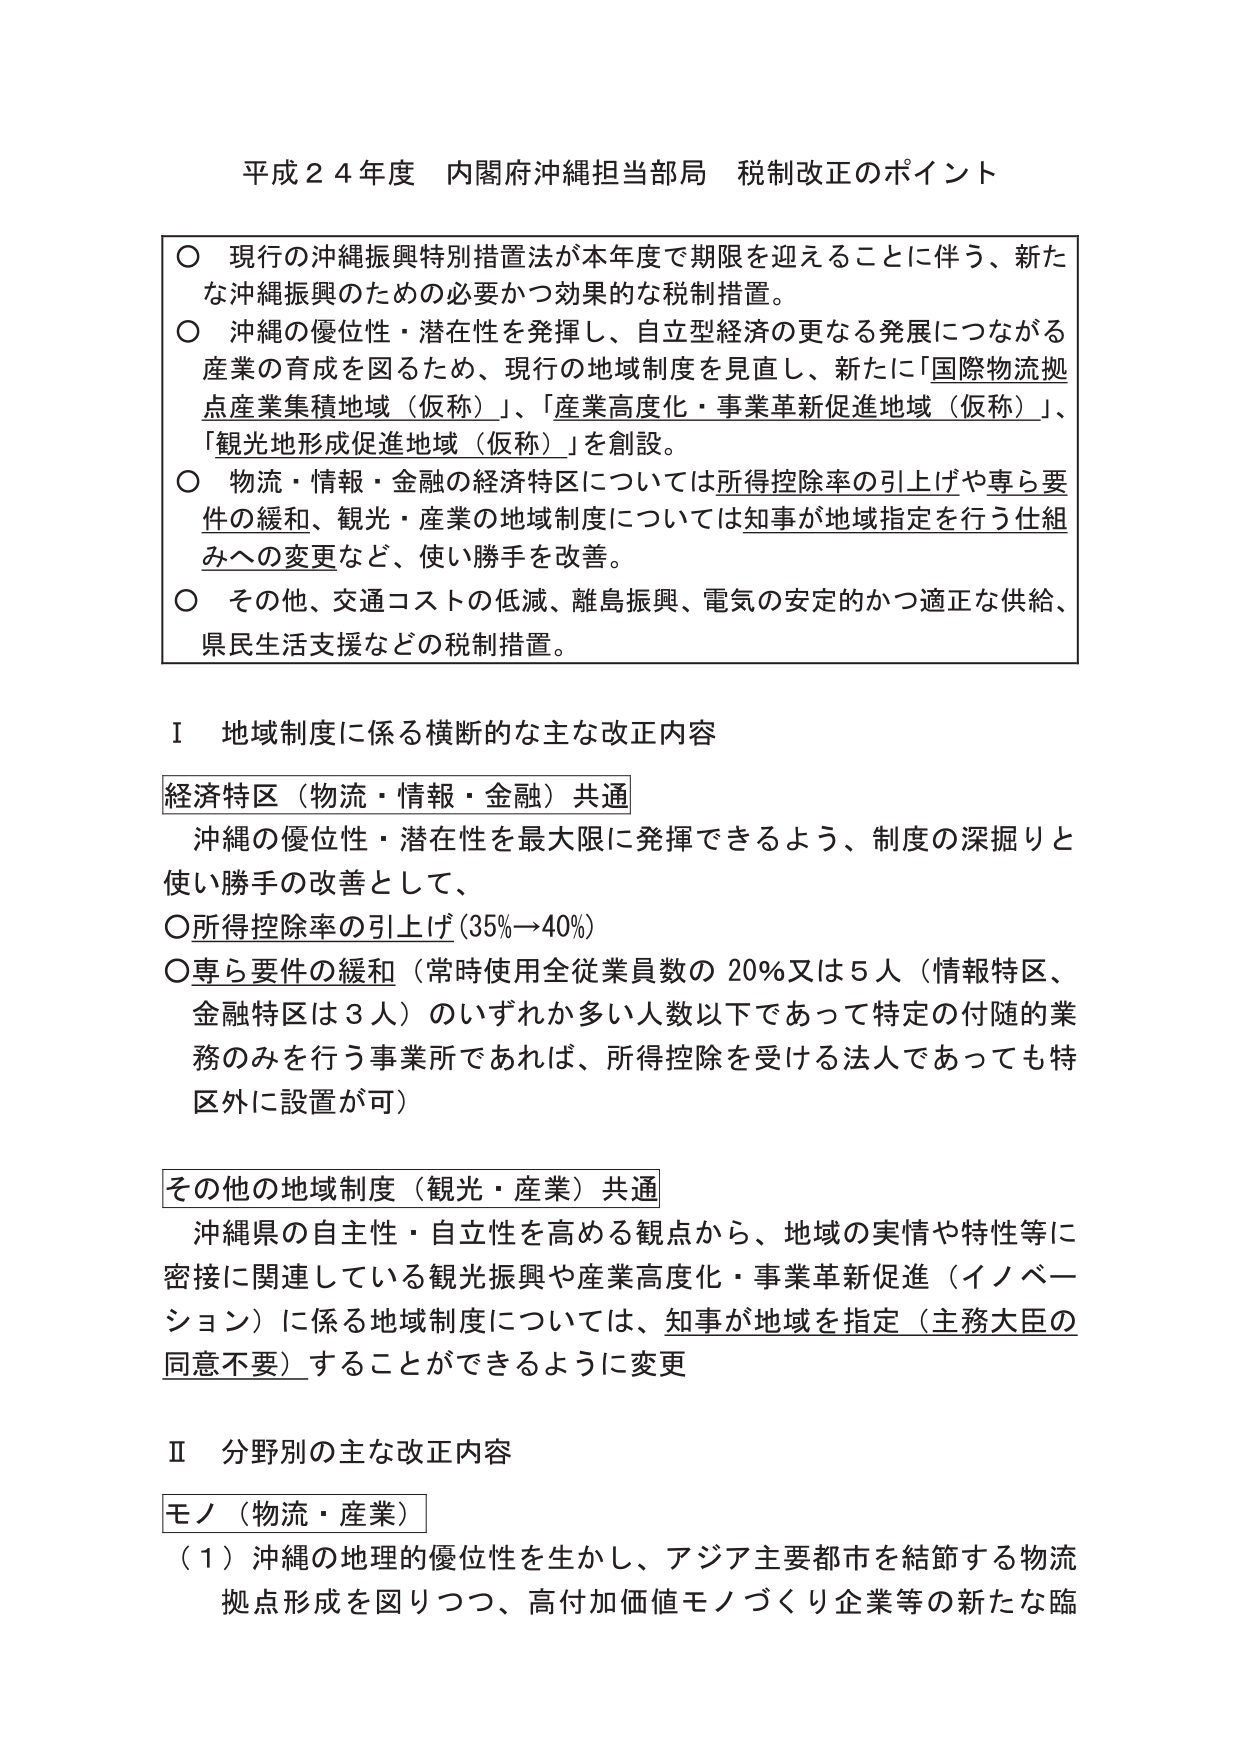
平成２４年度 内閣府沖縄担当部局 税制改正のポイント

○ 現行の沖縄振興特別措置法が本年度で期限を迎えることに伴う、新たな沖縄振興のための必要かつ効果的な税制措置。
○ 沖縄の優位性・潜在性を発揮し、自立型経済の更なる発展につながる産業の育成を図るため、現行の地域制度を見直し、新たに「国際物流拠点産業集積地域（仮称）」、「産業高度化・事業革新促進地域（仮称）」、「観光地形成促進地域（仮称）」を創設。
○ 物流・情報・金融の経済特区については所得控除率の引上げや専ら要件の緩和、観光・産業の地域制度については知事が地域指定を行う仕組みへの変更など、使い勝手を改善。
○ その他、交通コストの低減、離島振興、電気の安定的かつ適正な供給、県民生活支援などの税制措置。

Ⅰ 地域制度に係る横断的な主な改正内容

経済特区（物流・情報・金融）共通
　沖縄の優位性・潜在性を最大限に発揮できるよう、制度の深掘りと使い勝手の改善として、
○所得控除率の引上げ（35％→40％）
○専ら要件の緩和（常時使用全従業員数の20％又は5人（情報特区、金融特区は3人）のいずれか多い人数以下であって特定の付随的業務のみを行う事業所であれば、所得控除を受ける法人であっても特区外に設置が可）

その他の地域制度（観光・産業）共通
　沖縄県の自主性・自立性を高める観点から、地域の実情や特性等に密接に関連している観光振興や産業高度化・事業革新促進（イノベーション）に係る地域制度については、知事が地域を指定（主務大臣の同意不要）することができるように変更

Ⅱ 分野別の主な改正内容

モノ（物流・産業）
（１）沖縄の地理的優位性を生かし、アジア主要都市を結節する物流拠点形成を図りつつ、高付加価値モノづくり企業等の新たな臨